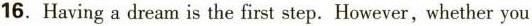
16.Having a dream is the first step. However, whether you